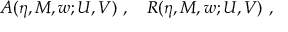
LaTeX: A ( \eta , M , w ; U , V ) \ , \quad R ( \eta , M , w ; U , V ) \ ,